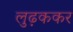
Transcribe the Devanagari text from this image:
लुढ़ककर